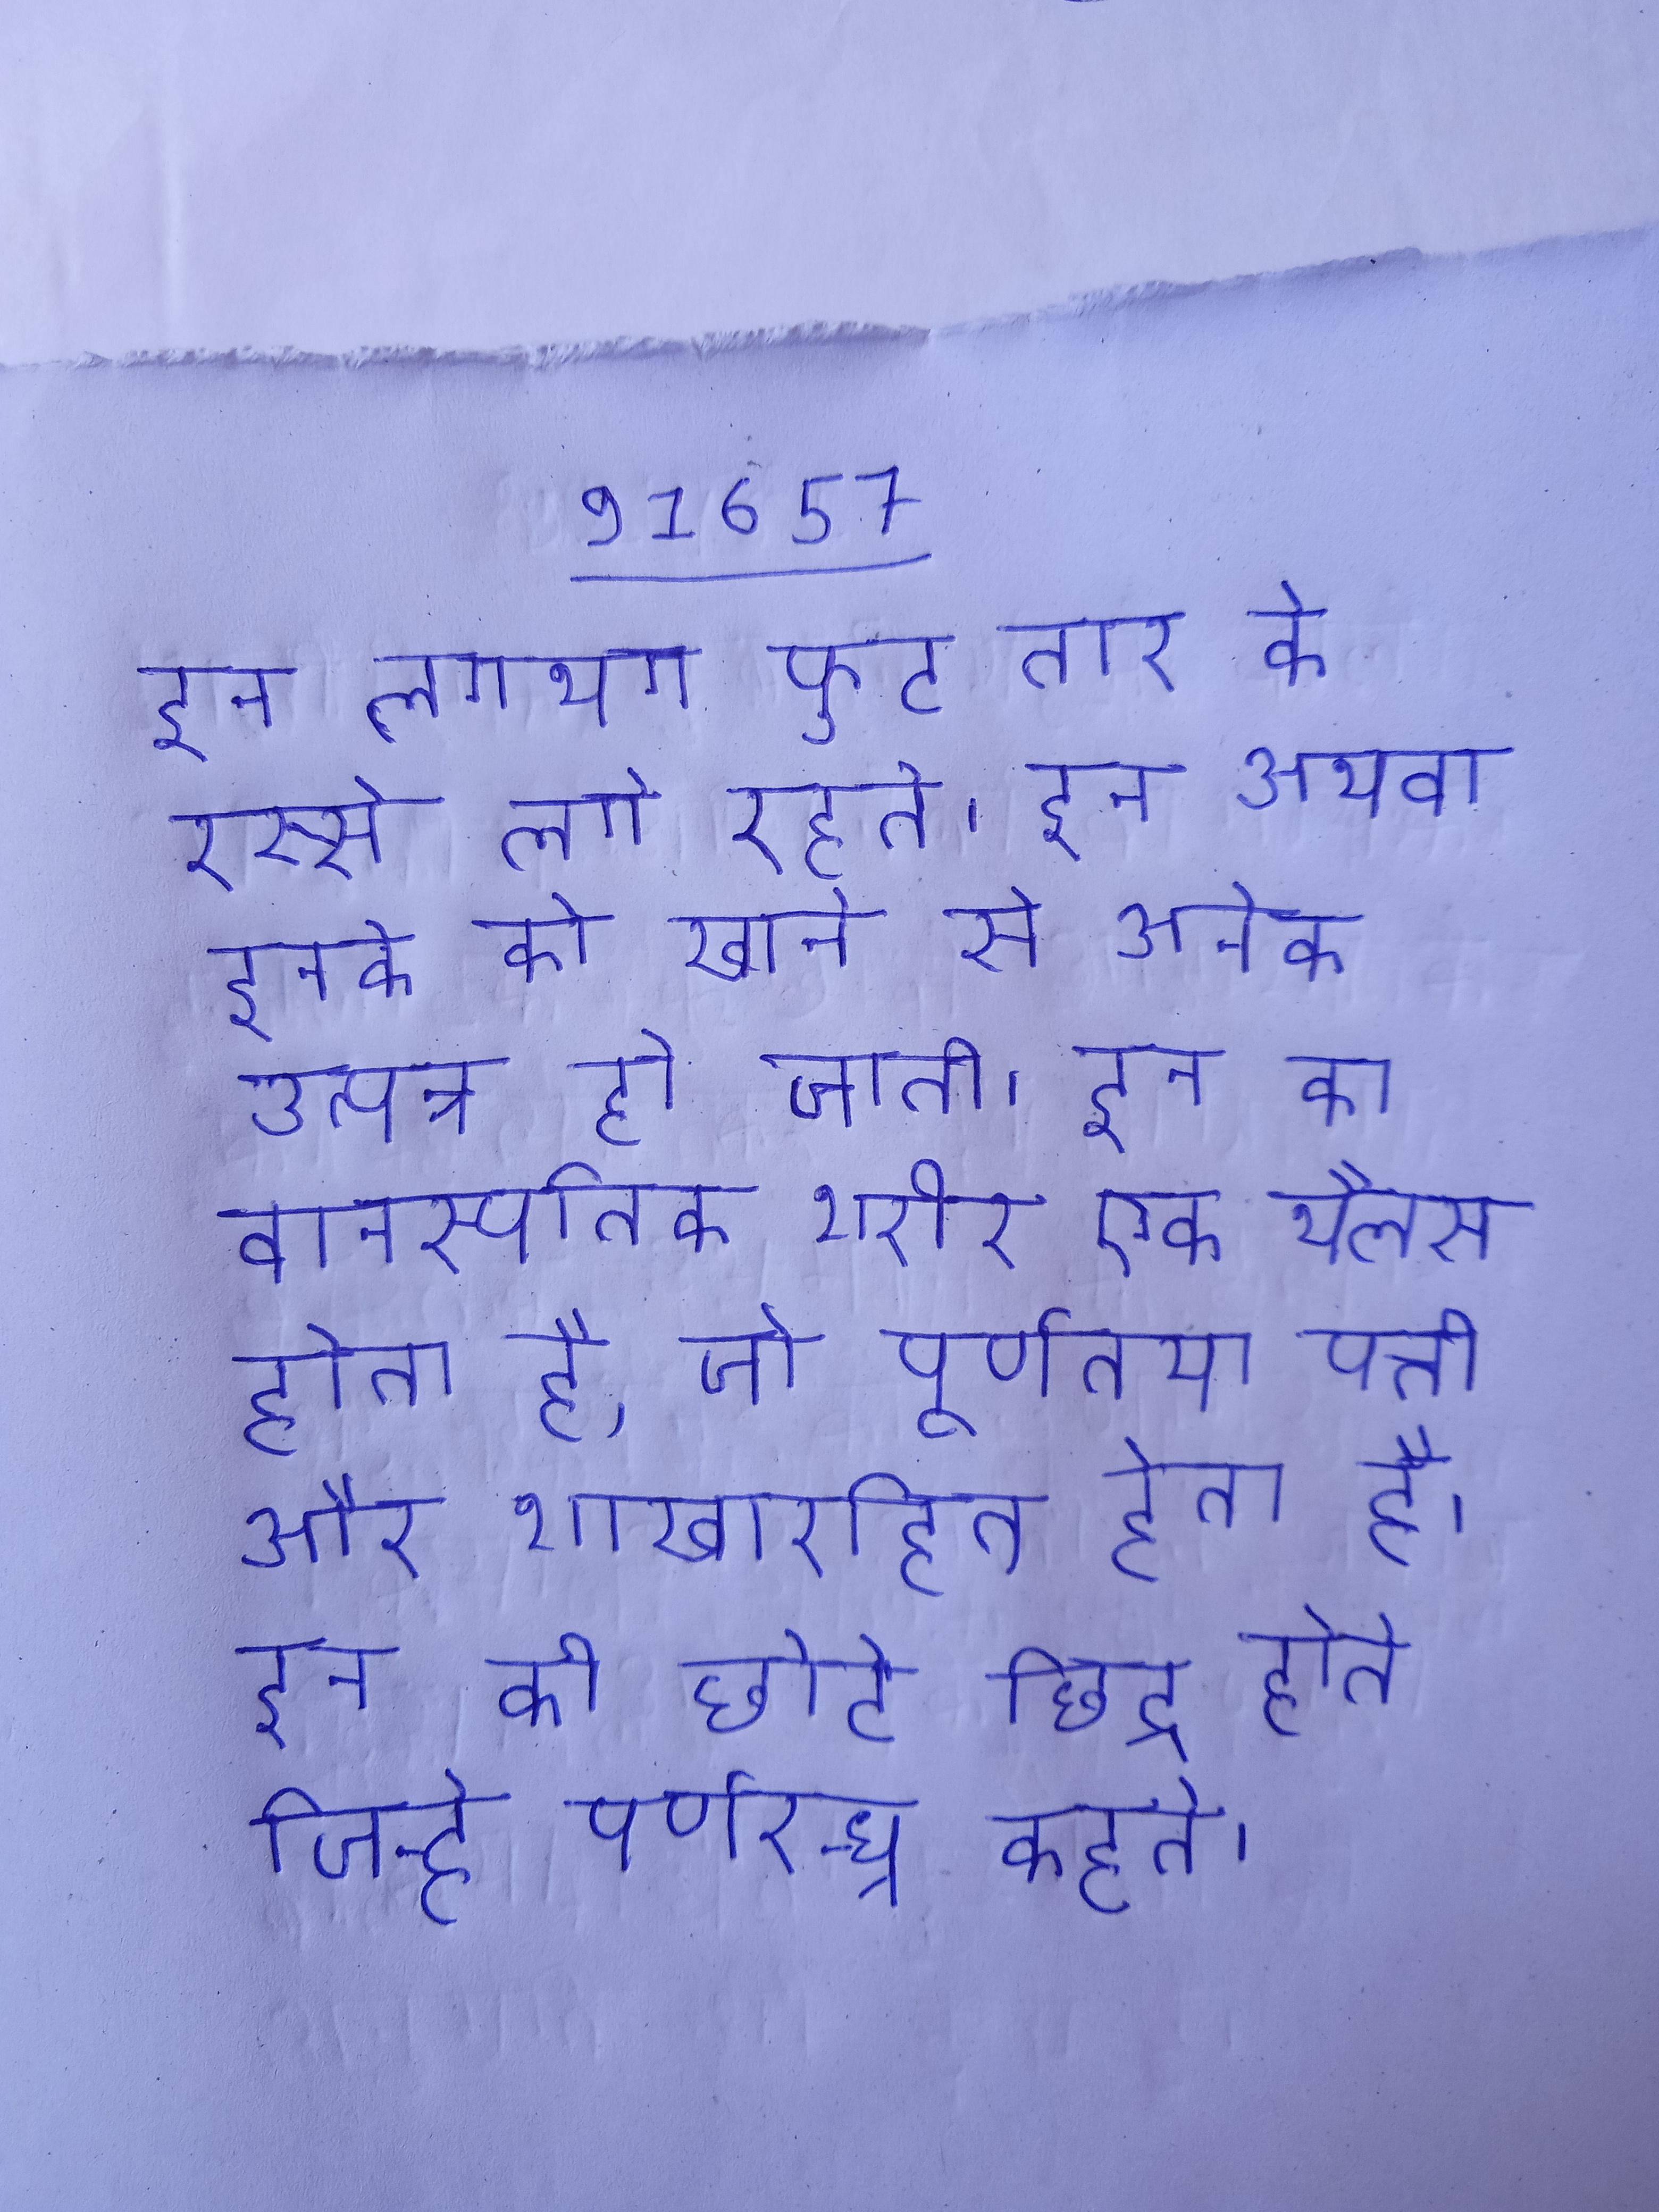
इन लगभग फुट तार के रस्से लगे रहते । इन अथवा इनके को खाने से अनेक उत्पन्न हो जाती । इन का वानस्पतिक शरीर एक थैलस होता है, जो पूर्णतया पत्ती और शाखारहित हेता है । इन की छोटे छिद्र होते जिन्हे पर्णरन्ध्र कहते ।